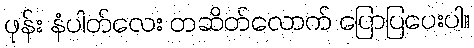
ဖုန်း နံပါတ်လေး တဆိတ်လောက် ပြောပြပေးပါ။